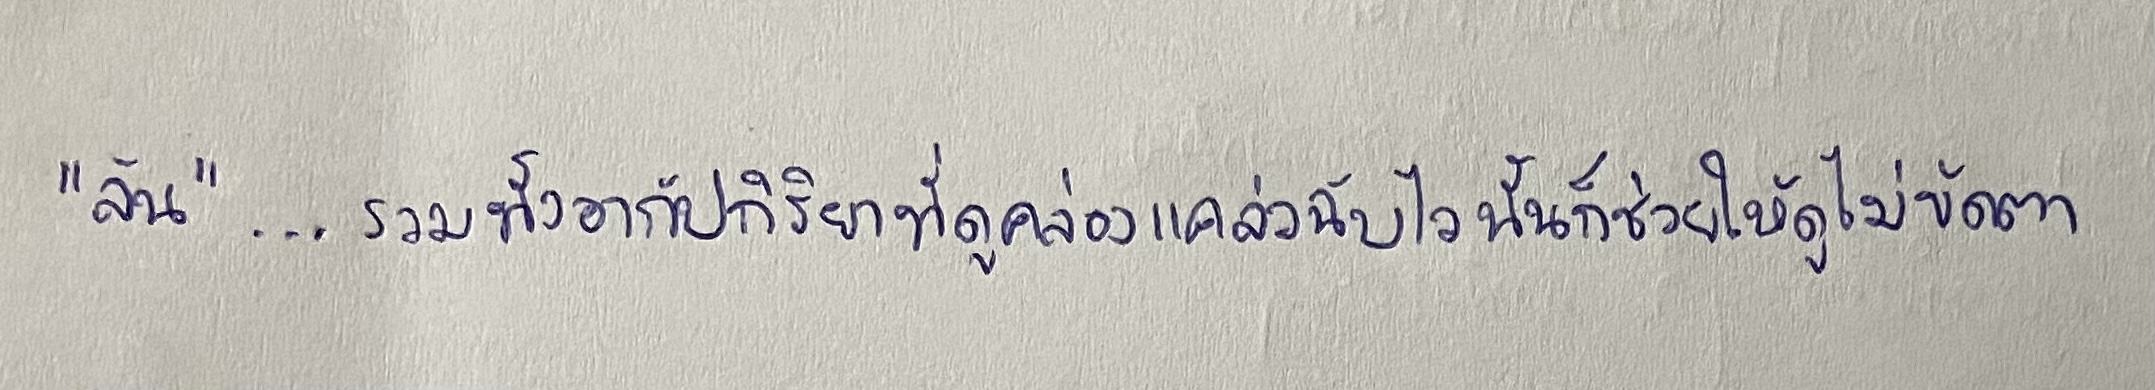
"ล้น"...รวมทั้งอากัปกิริยาที่ดูคล่องแคล่วฉับไวนั้นก็ช่วยให้ดูไม่ขัดตา